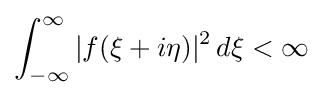
\int _{-\infty }^{\infty }|f(\xi +i\eta )|^{2}\,d\xi <\infty